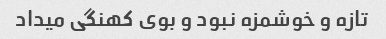
تازه و خوشمزه نبود و بوی کهنگی میداد